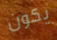
يكون